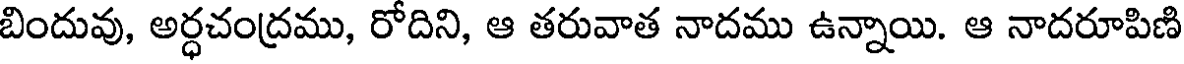
బిందువు, అర్ధచంద్రము, రోదిని, ఆ తరువాత నాదము ఉన్నాయి. ఆ నాదరూపిణి